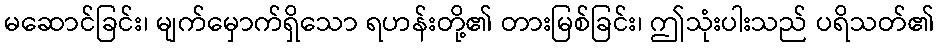
မဆောင်ခြင်း၊ မျက်မှောက်ရှိသော ရဟန်းတို့၏ တားမြစ်ခြင်း၊ ဤသုံးပါးသည် ပရိသတ်၏